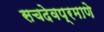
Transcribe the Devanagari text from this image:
सचदेवप्रमाणे